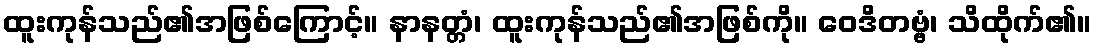
ထူးကုန်သည်၏အဖြစ်ကြောင့်။ နာနတ္တံ၊ ထူးကုန်သည်၏အဖြစ်ကို။ ဝေဒိတဗ္ဗံ၊ သိထိုက်၏။